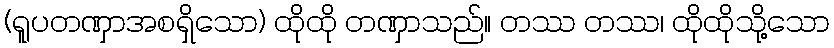
(ရူပတဏှာအစရှိသော) ထိုထို တဏှာသည်။ တဿ တဿ၊ ထိုထိုသို့သော